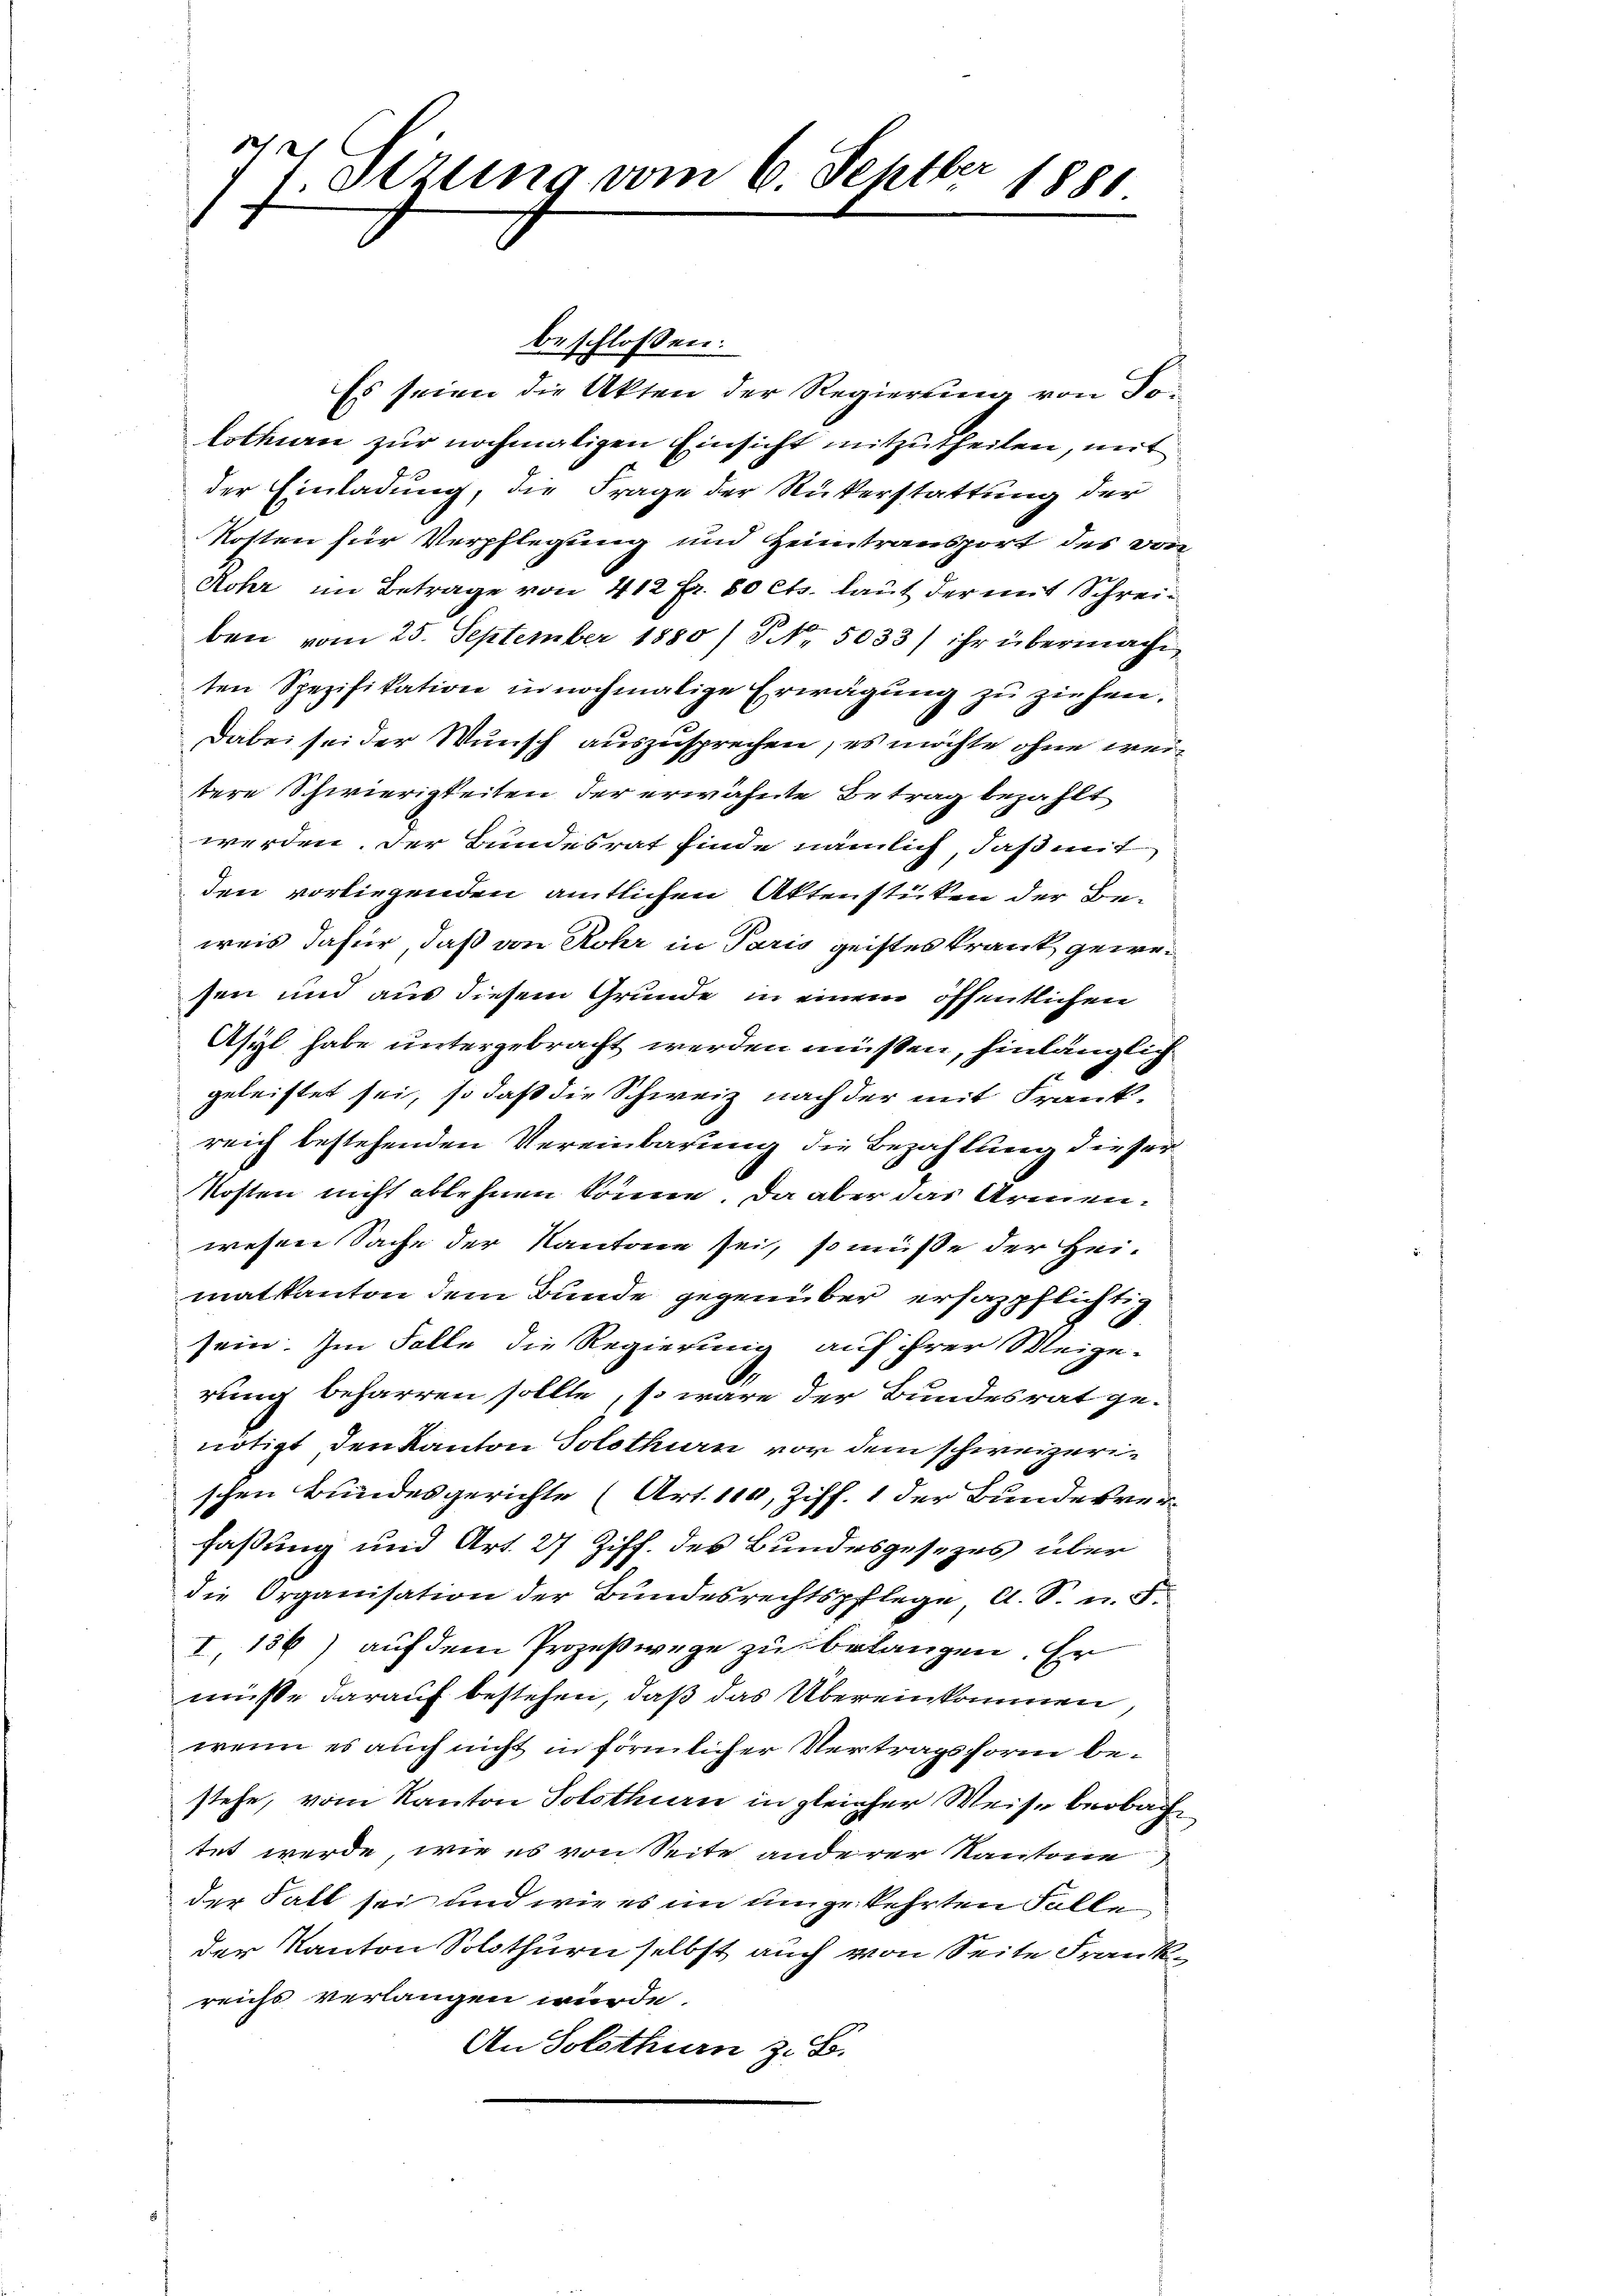
7 Sizung vom 6. Septbr 1881.

beschlossen:
Es seien die Akten der Regierung von Tolothurn zur nochmaligen Einsicht mitzutheilen, mit
der Einladung, die Frage der Rükerstattung der
Kosten für Verpflegung und Heimtransport des von
Rohr im Betrage von 412 Fr. 80 Cts. laut der mit Schreiben vom 25. September 1880/ NNo. 5033) ihr übermache
ten Spezifikation in nochmalige Erwägŭng zŭ ziehen.
Dabei sei der Wunsch auszusprechen, es möchte ohne weitere Schwierigkeiten der erwähnte Betrag bezahlt
werden. Der Bundesrat finde nämlich, daß mit
den vorliegenden amtlichen Aktenstücken der Beweis dafür, daß von Rohr in Paris geistes Krank gewesen und aus diesem Grunde in einem öffentlichen
Asyl habe untergebracht werden müßen, hinlänglich
geleistet sei, so daß die Schweiz nach der mit Frankreich bestehenden Vereinbarung die Bezahlung dieser
Kosten nicht ablehnen könne. Da aber das Armenwesen Sache der Kantone sei, so müße der Hei-
matkanton dem Bunde gegenüber ersazpflichtig
sein. Im Falle die Regierung auf ihrer Weige-
rung beharren sollte, so wäre der Bundesrat ge-
nötigt den Kanton Solothurn von dem schweizerischen Bundesgerichte (Art. 110, Ziff. 1 der Bundesverfaßung und Art. 27 Ziff. des Bundesgesezes über
die Organisation der Bundesrechtspflege, A. S. n. F.
I, 156) auf dem Prozeßwege zu belangen. Er
müsse darauf bestehen, daß das Übereinkommen,
wenn es auch nicht in förmlicher Vertragsform bestehe, vom Kanton Solothurn in gleicher Weise beobachtet werde, wie es von Seite anderer Kantone
der Fall sei und wie es im umgekehrten Falle
der Kanton Solothurn selbst auch von Seite Frankreichs verlangen würde.
An Solothurn z. B.